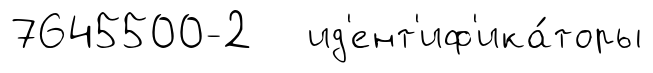
7645500-2 ид'ент'иф'ика́торы